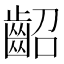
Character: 齠